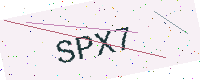
Text: SPX7